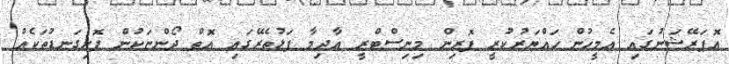
އޮޕަރޭޝަނުގައި އެމީހުން ހައްޔަރުކުރީ ފޮރިން މިނިސްޓްރީ އާދިމާ ފަޅުތެރޭގައި އޮތް ދޯންޏަކުން ފޮށިގަނޑުތަކެއް